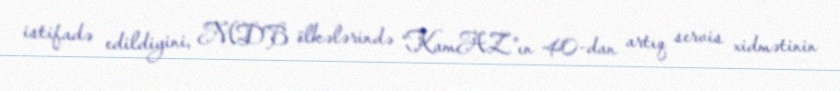
istifadə edildiyini, MDB ölkələrində “KamAZ”ın 40-dan artıq servis xidmətinin